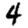
Digit: 4